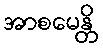
အာစမေန္တိ